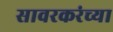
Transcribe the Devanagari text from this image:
सावरकरंच्या